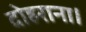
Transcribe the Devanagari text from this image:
दोहराना।